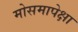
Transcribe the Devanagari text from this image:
मोसमापेक्षा